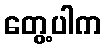
တွေ့ပါက